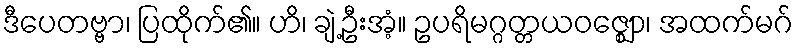
ဒီပေတဗ္ဗာ၊ ပြထိုက်၏။ ဟိ၊ ချဲ့ဦးအံ့။ ဥပရိမဂ္ဂတ္တယဝဇ္ဈော၊ အထက်မဂ်